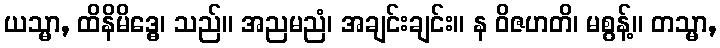
ယသ္မာ, ထိနိမိဒ္ဓေ၊ သည်။ အညမညံ၊ အချင်းချင်း။ န ဝိဇဟတိ၊ မစွန့်။ တသ္မာ,